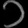
Digit: ၁